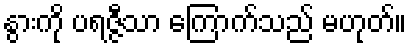
နွားကို ပရဇ္ဇီသာ ကြောက်သည် မဟုတ်။